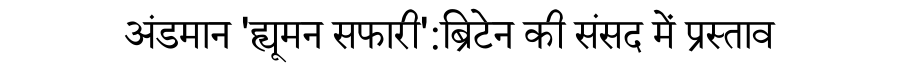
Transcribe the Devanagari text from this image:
अंडमान 'ह्यूमन सफारी':ब्रिटेन की संसद में प्रस्ताव